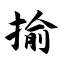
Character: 揄